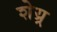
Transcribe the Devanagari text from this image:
शेय्र्र